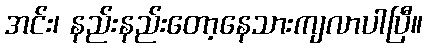
အင်း၊ နည်းနည်းတော့နေသားကျလာပါပြီ။